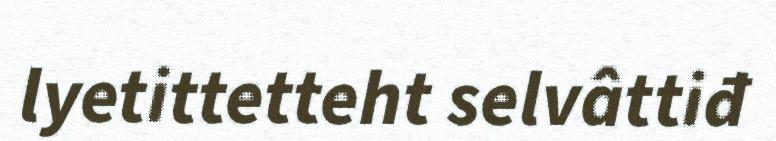
lyetittetteht selvâttiđ